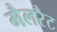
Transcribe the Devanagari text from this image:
मैलरैट